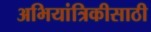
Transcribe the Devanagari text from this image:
अभियांत्रिकीसाठी